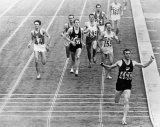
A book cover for Use It or Lose It: Be Fit, Live Well; Garth Gilmour; Health, Fitness & Dieting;